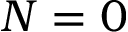
N = 0